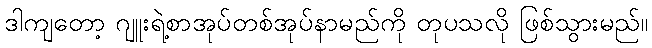
ဒါကျတော့ ဂျူးရဲ့စာအုပ်တစ်အုပ်နာမည်ကို တုပသလို ဖြစ်သွားမည်။